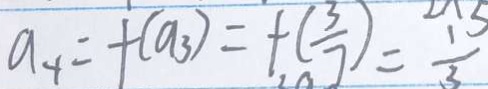
a _ { 4 } = + ( a _ { 3 } ) = + ( \frac { 3 } { 7 } ) = \frac { 1 } { 3 }